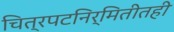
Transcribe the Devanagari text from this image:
चित्रपटनिर्मितीतही